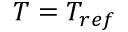
{ T = { T _ { r e f } } }